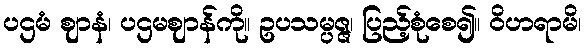
ပဌမံ ဈာနံ၊ ပဌမဈာန်ကို။ ဥပသမ္ပဇ္ဇ၊ ပြည့်စုံစေ၍။ ဝိဟရာမိ၊